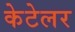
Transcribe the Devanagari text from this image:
केटेलर